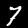
Digit: 7